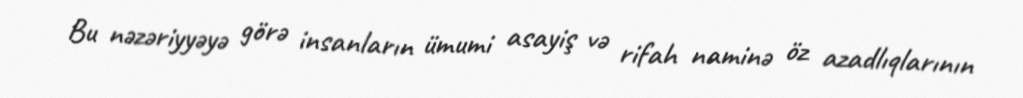
Bu nəzəriyyəyə görə insanların ümumi asayiş və rifah naminə öz azadlıqlarının